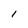
Character: l